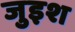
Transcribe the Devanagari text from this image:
जुइश